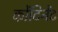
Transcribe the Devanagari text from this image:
कोंटिनेंट